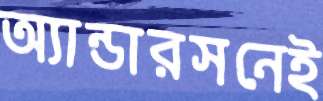
অ্যান্ডারসনেই